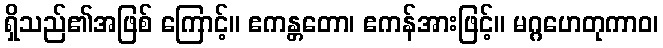
ရှိသည်၏အဖြစ် ကြောင့်။ ဧကန္တတော၊ ဧကန်အားဖြင့်။ မဂ္ဂဟေတုကာဝ၊